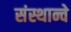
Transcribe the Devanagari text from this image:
संस्थान्चे